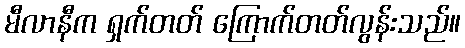
မီလာနီက ရှက်တတ် ကြောက်တတ်လွန်းသည်။